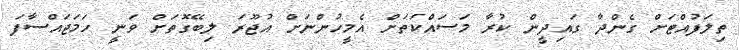
ތިލަފުއްޓަށް ގެންދާ ގައިދީން ކުރާ މަސައްކަތަށް އެމީހުންނަށް އުޖޫރަ ލިބޭގޮތަށް ވަނީ ހަމަޖައްސާފަ